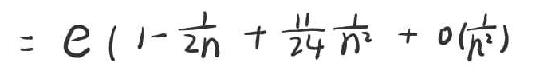
$=e\left(1-\frac{1}{2 n}+\frac{1}{24} \frac{1}{n^{2}}+o\left(\frac{1}{n^{3}}\right)\right)$